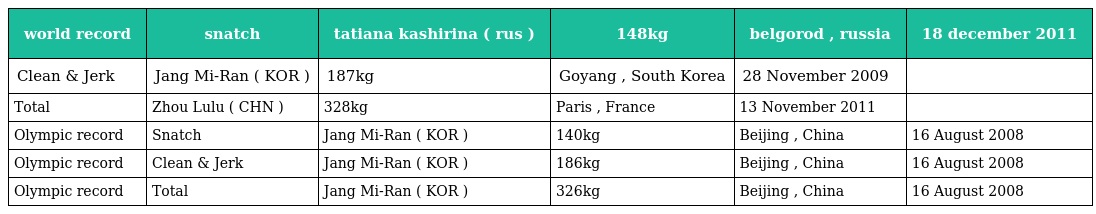
| world record | snatch | tatiana kashirina ( rus ) | 148kg | belgorod , russia | 18 december 2011 |
 | --- | --- | --- | --- | --- | --- |
 | Clean & Jerk | Jang Mi-Ran ( KOR ) | 187kg | Goyang , South Korea | 28 November 2009 |  |
 | Total | Zhou Lulu ( CHN ) | 328kg | Paris , France | 13 November 2011 |  |
 | Olympic record | Snatch | Jang Mi-Ran ( KOR ) | 140kg | Beijing , China | 16 August 2008 |
 | Olympic record | Clean & Jerk | Jang Mi-Ran ( KOR ) | 186kg | Beijing , China | 16 August 2008 |
 | Olympic record | Total | Jang Mi-Ran ( KOR ) | 326kg | Beijing , China | 16 August 2008 |